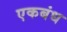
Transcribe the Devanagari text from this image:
एकबंध